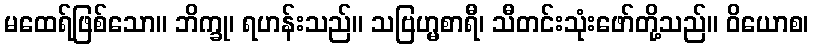
မထေရ်ဖြစ်သော။ ဘိက္ခု၊ ရဟန်းသည်။ သဗြဟ္မစာရီ၊ သီတင်းသုံးဖော်တို့သည်။ ဝိယောစ၊